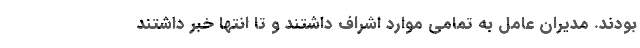
بودند. مدیران عامل به تمامی موارد اشراف داشتند و تا انتها خبر داشتند